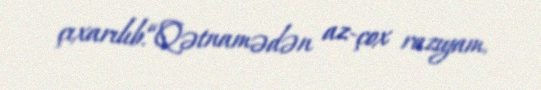
çıxarılıb.“Qətnamədən az-çox razıyam.